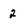
Character: 2